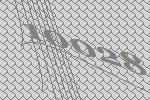
10028